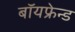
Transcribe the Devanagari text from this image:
बॉयफ्रेन्ड